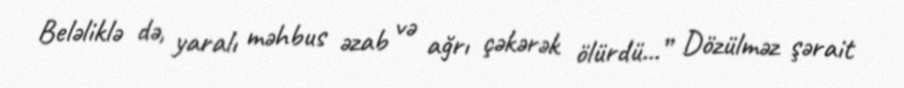
Beləliklə də, yaralı məhbus əzab və ağrı çəkərək ölürdü...” Dözülməz şərait